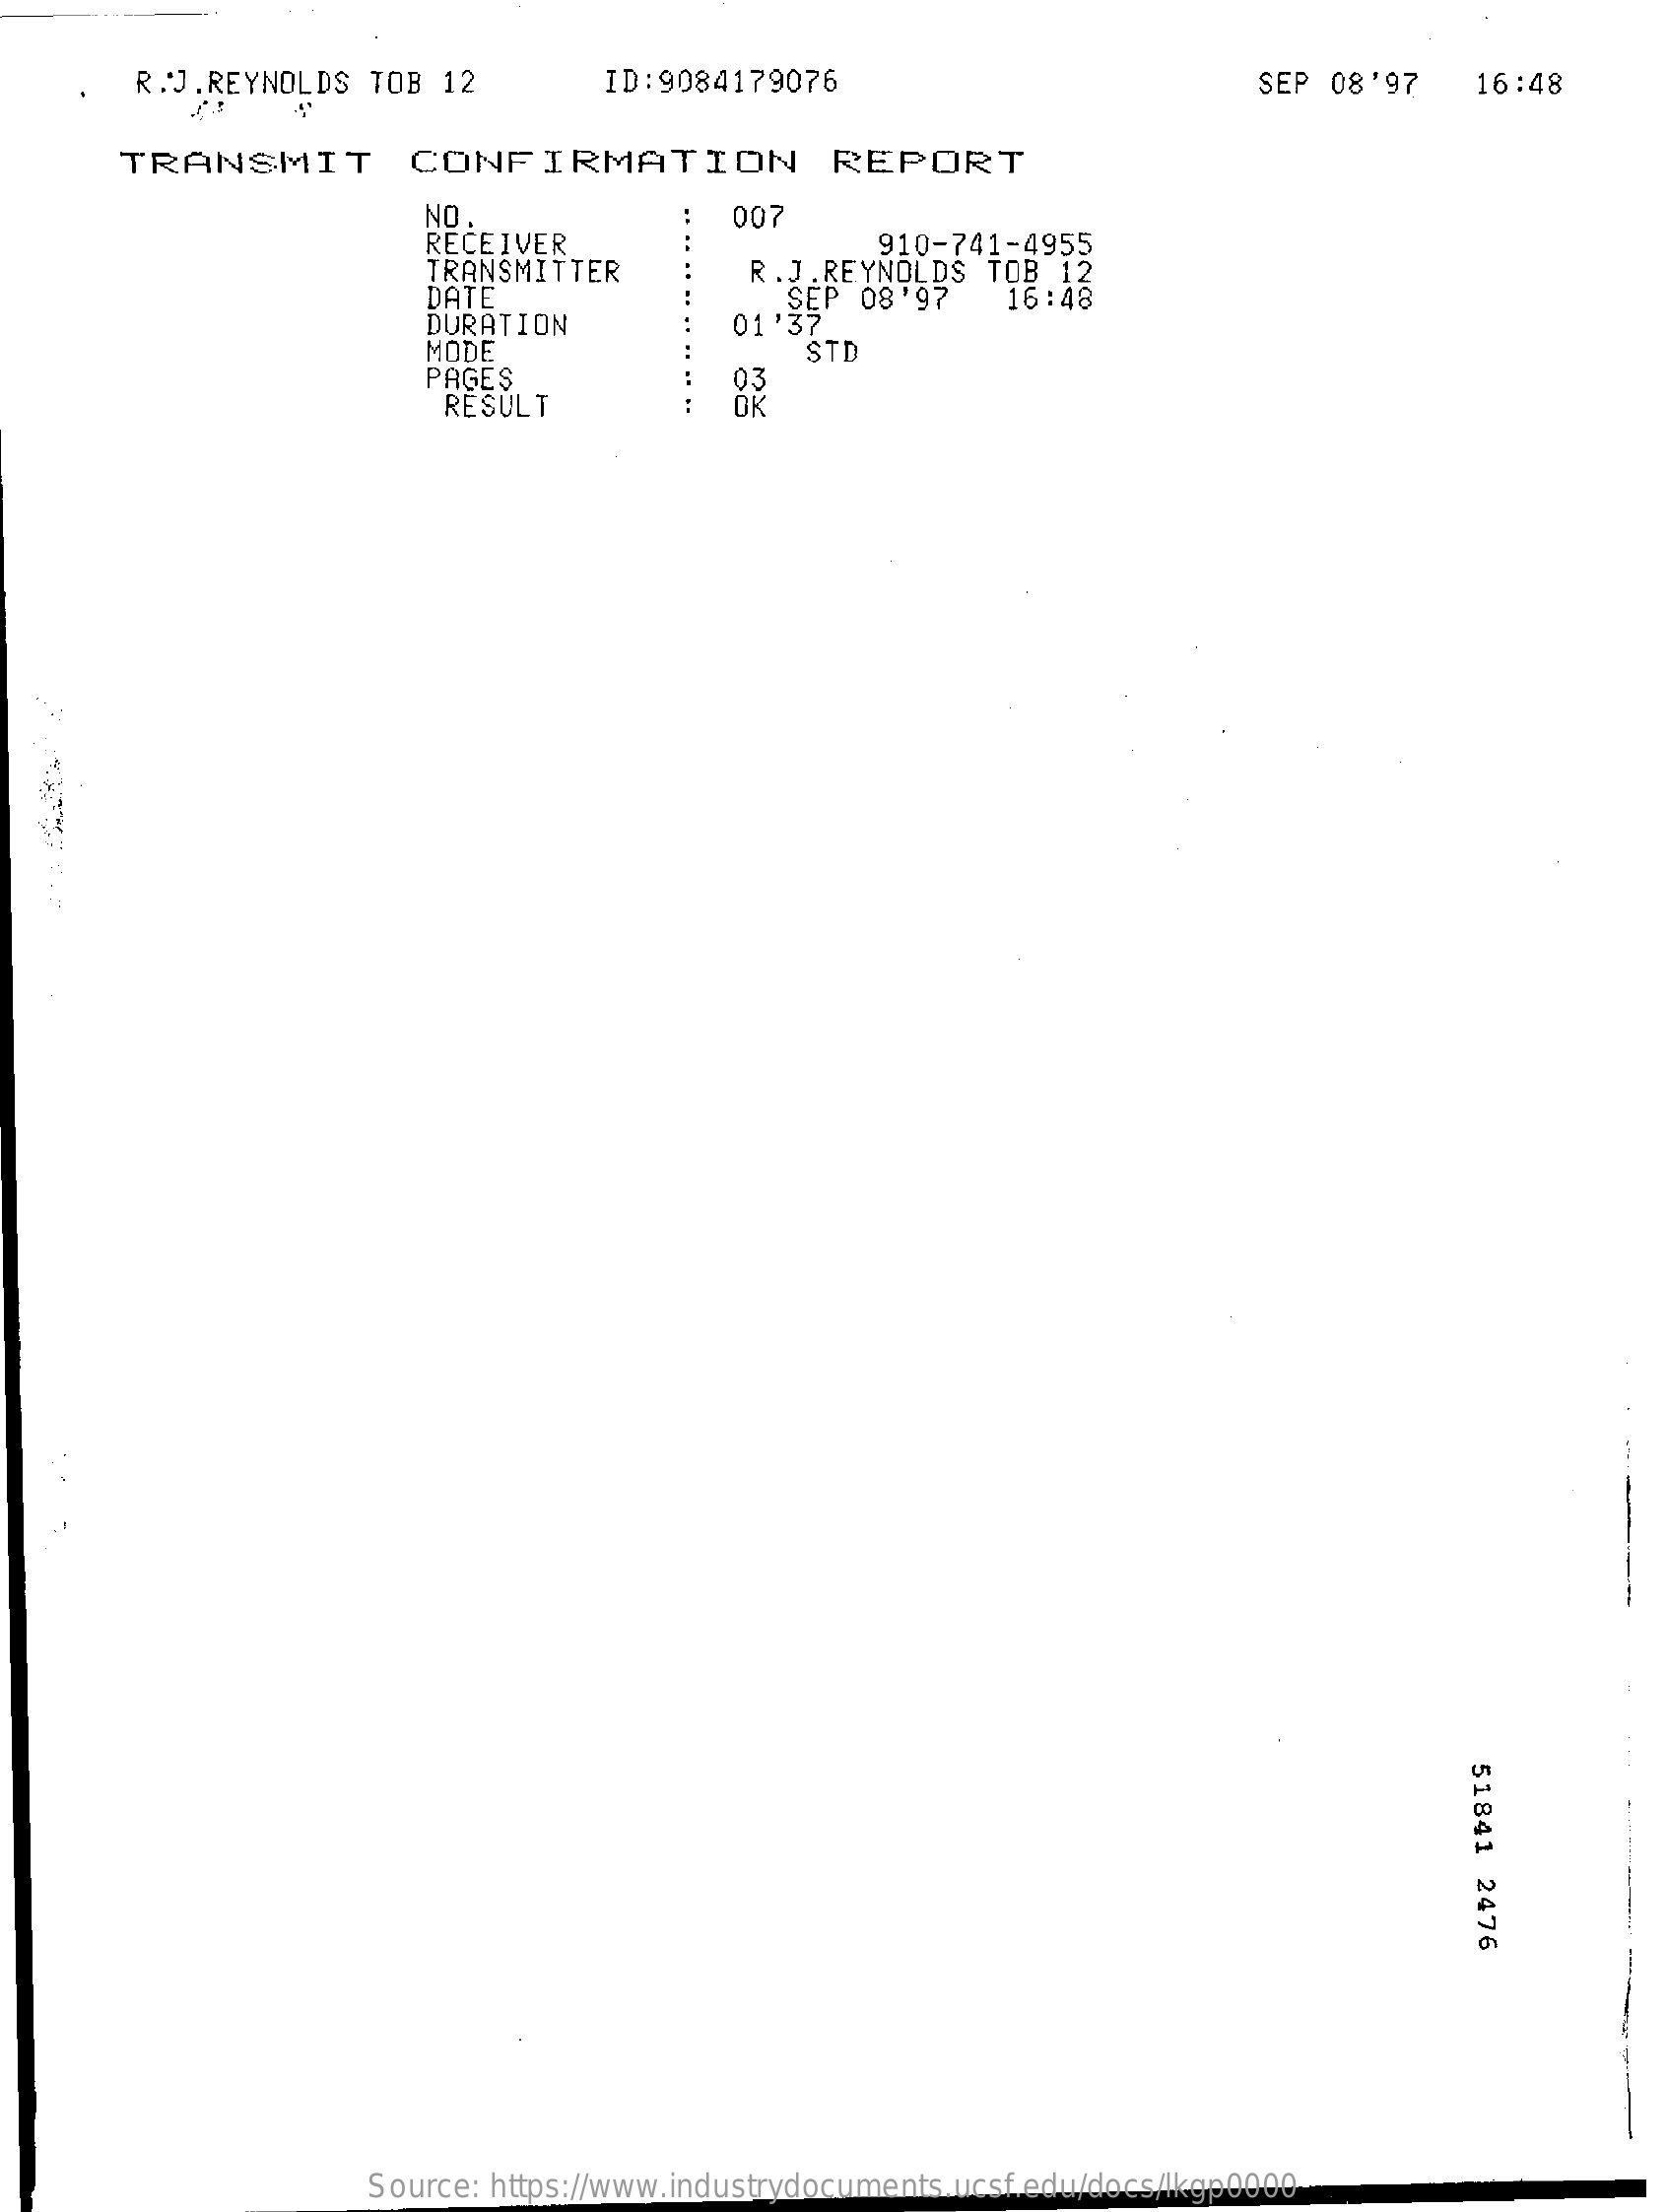
R.J.REYNOLDS   TOB 12    ID:9084179076    SEP  08'97    16:48
     TRANSMIT    CONFIRMATION    REPORT
     NO
     RECEIVER
     007
     TRANSMITTER
     910-741-4955
     DATE
     R.J.REYNOLDS   TOB 12
     DURATION
     SEP  08'97
     01'37
     16:48
     MODE    STD
     PAGES
     RESULT
     03
     OK
     51841
     2476
     Source: https://www.industrydocuments.ucsf.edu/docs/lkgp0000